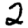
Digit: 2